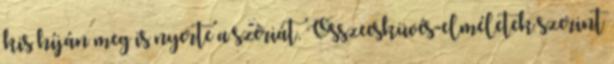
kis híján meg is nyerte a szériát. Összeesküvés-elméletek szerint